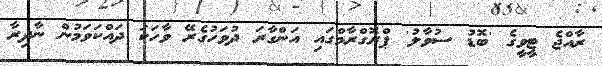
ރާއްޖެ ޓީވީގެ 'ބޮޑު ސުވާލު' ޕްރޮގްރާމްގައި އަންގާރަ ދުވަހުގެރޭ ވާހަކަ ދައްކަވަމުން ނާދިރާ